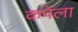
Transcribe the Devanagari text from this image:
कपेला